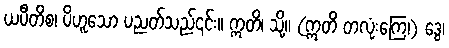
ယပီတိစ၊ ပိဟူသော ပညတ်သည်၎င်း။ ဣတိ၊ သို့။ (ဣတိ တလုံးကြေ၊) ဒွေ၊